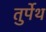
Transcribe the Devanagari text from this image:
तुर्पेथ